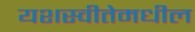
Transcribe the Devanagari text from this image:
यशस्वीतेमधील